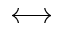
\longleftrightarrow